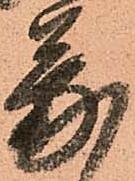
蒙